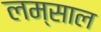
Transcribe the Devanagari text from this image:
लम्साल